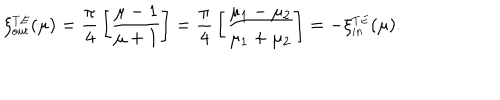
\xi _ { \small o u t } ^ { \small T E } ( \mu ) = { \frac { \pi } { 4 } } \left[ { \frac { \mu - 1 } { \mu + 1 } } \right] = { \frac { \pi } { 4 } } \left[ { \frac { \mu _ { 1 } - \mu _ { 2 } } { \mu _ { 1 } + \mu _ { 2 } } } \right] = - \xi _ { \small i n } ^ { \small T E } ( \mu ) .